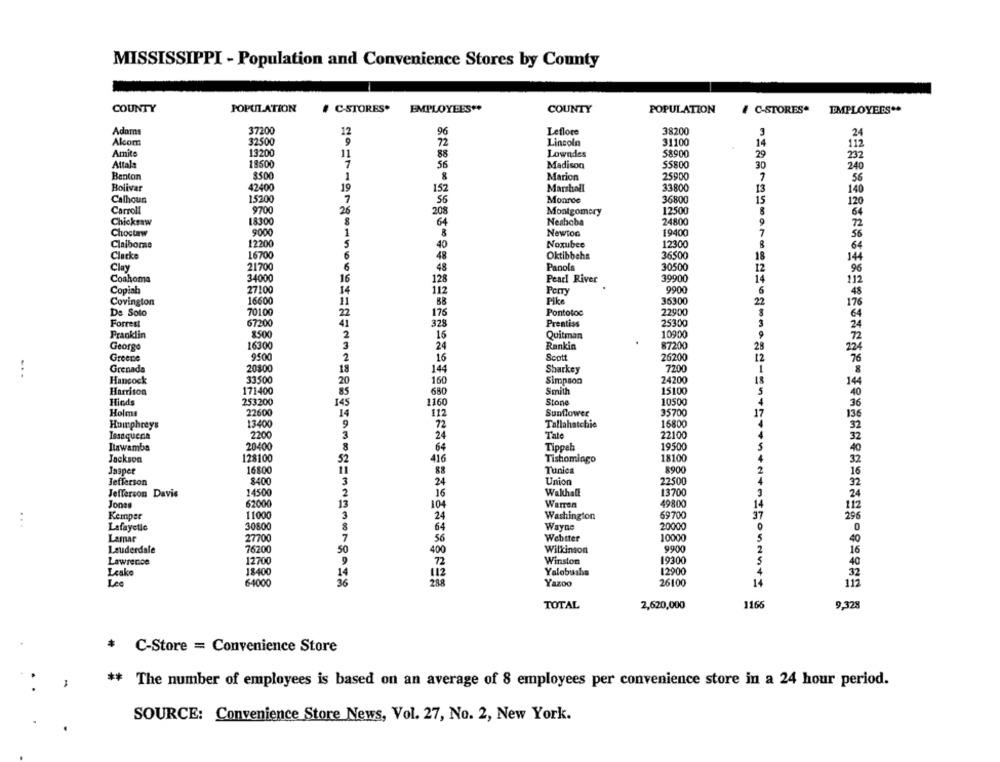
MISSISSIPPI - Population and Convenience Stores by County
COUNTY
POPULATION
# C-STORES. EMPLOYEES"
COUNTY
POPULATION
# C-STORES*
EMPLOYEES **
37200
Leflore
38200
Adams
12
96
3
Akcom
32500
9
72
Lincoln
31100
14
Amite
13200
Lowndes
58900
11
88
29
Attale
7
56
Madison
55800
30
240
Benton
$500
Marion
25900
1
7
Bolivar
42400
19
152
Marshall
33800
13
140
Calhoun
15200
7
Monroe
36800
55
15
Carroll
9700
26
208
Montgomery
12500
8
Chicksw
18300
8
64
Neshoba
24800
9
Choctaw
1
Newton
19400
7
56
Claiborne
12200
Noxubee
12300
64
Clack
16700
6
Oktibbeha
36500
18
Clay
21700
Panola
30500
48
Coahoma
34000
16
128
Pearl River
39900
14
112
Copiah
27100
14
112
Pcm
9900
6
Covington
16600
Pike
35300
22
De Soto
70100
176
Pontotoc
22900
Forrest
67200
328
Prentiss
25300
Pranklin
8500
2
16
Quitman
10900
87200
George
1630
Rankin
28
Greene
9500
Scott
26200
18
Grenada
20800
144
Sharkey
7200
Hancock
33500
20
160
Simpson
24200
Harrison
171400
85
650
Smith
15100
Hinds
253200
1160
Stone
10500
22600
14
Sunflower
35700
Holm
112
Humphreys
13400
72
Tallahatchie
16800
2200
3
24
Tale
22100
Issaqueria
Ilawamba
20400
8
64
Tippah
19500
Jackson
128100
18100
416
Tishomingo
Jasper
16800
88
Tunica
8900
Jefferson
8400
Union
22500
24
Jefferson Davis
14500
16
Wakhalt
13700
3
Jonas
62000
Warren
49800
104
Kemper
11000
3
24
Washington
69700
...
Lafayelic
30800
64
Wayne
20000
Lamar
27700
7
56
Webster
10000
Lauderdale
76200
Wilkinson
9900
50
400
Lawrence
12700
72
Winston
19300
Lzako
18400
Yalobusha
12900
Lee
64000
Yazoo
26100
14
TOTAL
2,620,000
1166
9,328
C-Store = Convenience Store
** The number of employees is based on an average of 8 employees per convenience store in a 24 hour period.
SOURCE: Convenience Store News, Vol. 27, No. 2, New York.